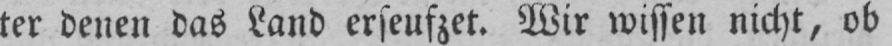
ter denen das Land erseufzet. Wir wissen nicht, ob